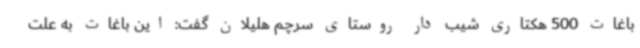
باغات 500 هکتاری شیب دار روستای سرچم هلیلان گفت: این باغات به علت